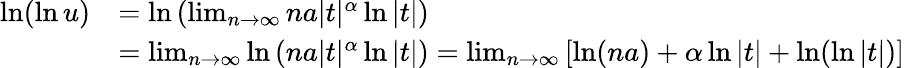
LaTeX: {\begin{array}{rl}{\ln(\ln u)}&{=\ln\left(\operatorname*{lim}_{n\to\infty}na|t|^{\alpha}\ln|t|\right)}\\ &{=\operatorname*{lim}_{n\to\infty}\ln\left(na|t|^{\alpha}\ln|t|\right)=\operatorname*{lim}_{n\to\infty}\left[\ln(na)+\alpha\ln|t|+\ln(\ln|t|)\right]}\end{array}}